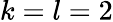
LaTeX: k=l=2